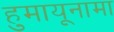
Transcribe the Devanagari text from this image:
हुमायूनामा